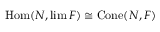
\operatorname { H o m } ( N , \operatorname* { l i m } F ) \cong \operatorname { C o n e } ( N , F )